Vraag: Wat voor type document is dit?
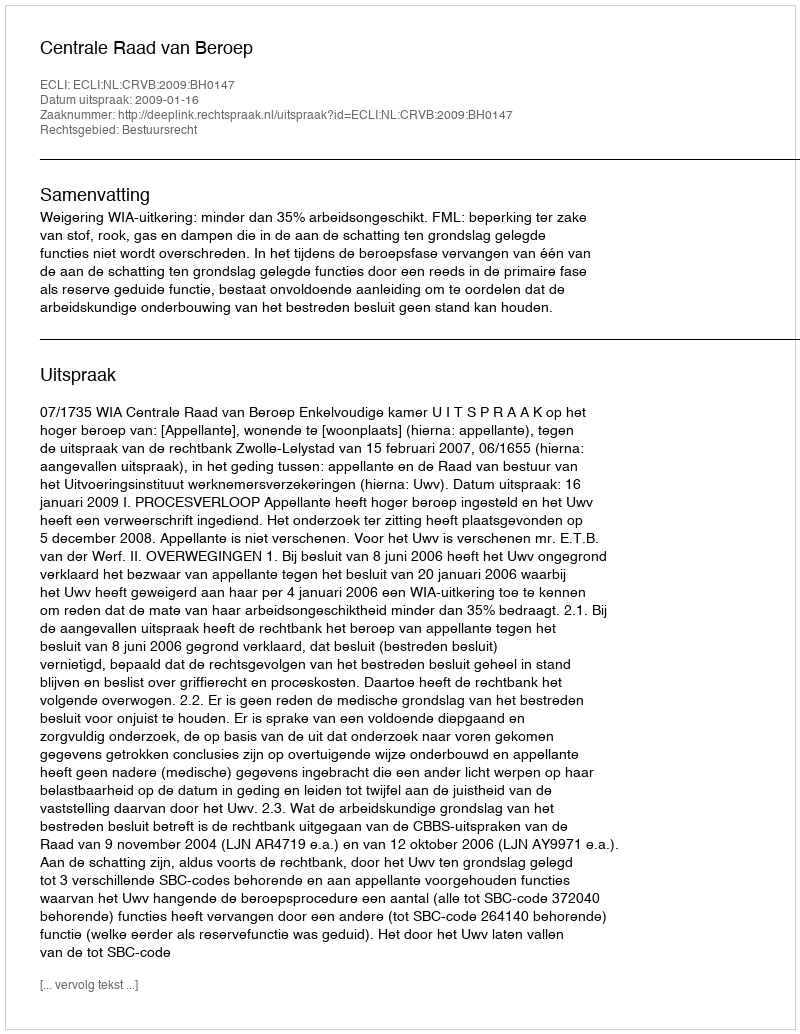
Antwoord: Uitspraak